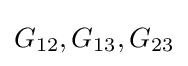
G_{12},G_{13},G_{23}